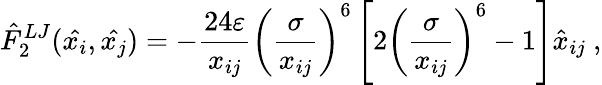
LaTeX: \hat{F}_{2}^{LJ}(\hat{x_{i}},\hat{x_{j}})=-\frac{24\varepsilon}{x_{ij}}\left(\frac{\sigma}{x_{ij}}\right)^{6}\left[2\left(\frac{\sigma}{x_{ij}}\right)^{6}-1\right]\hat{x}_{ij}~,